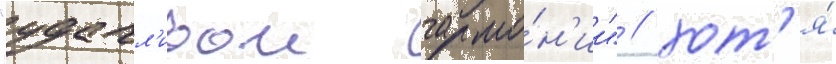
"удачл'ивои гармо́н'ии" / хот'я́